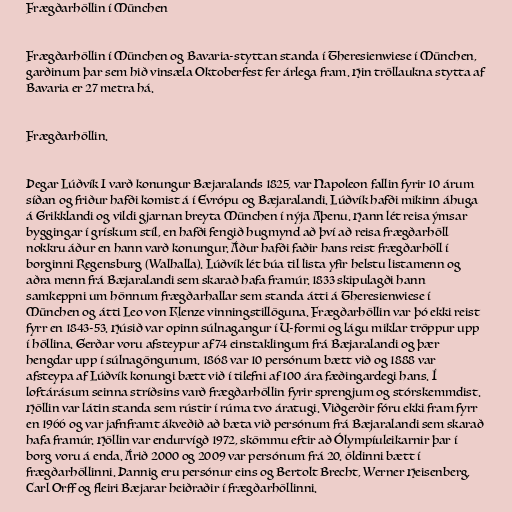
Frægðarhöllin í München

Frægðarhöllin í München og Bavaria-styttan standa í Theresienwiese í München,
garðinum þar sem hið vinsæla Oktoberfest fer árlega fram. Hin tröllaukna stytta af
Bavaria er 27 metra há.

Frægðarhöllin.

Þegar Lúðvík I varð konungur Bæjaralands 1825, var Napoleon fallin fyrir 10 árum
síðan og friður hafði komist á í Evrópu og Bæjaralandi. Lúðvík hafði mikinn áhuga
á Grikklandi og vildi gjarnan breyta München í nýja Aþenu. Hann lét reisa ýmsar
byggingar í grískum stíl, en hafði fengið hugmynd að því að reisa frægðarhöll
nokkru áður en hann varð konungur. Áður hafði faðir hans reist frægðarhöll í
borginni Regensburg (Walhalla). Lúðvík lét búa til lista yfir helstu listamenn og
aðra menn frá Bæjaralandi sem skarað hafa framúr. 1833 skipulagði hann
samkeppni um hönnum frægðarhallar sem standa átti á Theresienwiese í
München og átti Leo von Klenze vinningstillöguna. Frægðarhöllin var þó ekki reist
fyrr en 1843-53. Húsið var opinn súlnagangur í U-formi og lágu miklar tröppur upp
í höllina. Gerðar voru afsteypur af 74 einstaklingum frá Bæjaralandi og þær
hengdar upp í súlnagöngunum. 1868 var 10 persónum bætt við og 1888 var
afsteypa af Lúðvík konungi bætt við í tilefni af 100 ára fæðingardegi hans. Í
loftárásum seinna stríðsins varð frægðarhöllin fyrir sprengjum og stórskemmdist.
Höllin var látin standa sem rústir í rúma tvo áratugi. Viðgerðir fóru ekki fram fyrr
en 1966 og var jafnframt ákveðið að bæta við persónum frá Bæjaralandi sem skarað
hafa framúr. Höllin var endurvígð 1972, skömmu eftir að Ólympíuleikarnir þar í
borg voru á enda. Árið 2000 og 2009 var persónum frá 20. öldinni bætt í
frægðarhöllinni. Þannig eru persónur eins og Bertolt Brecht, Werner Heisenberg,
Carl Orff og fleiri Bæjarar heiðraðir í frægðarhöllinni.